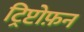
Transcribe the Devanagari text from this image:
ट्रिप्टोफ़न